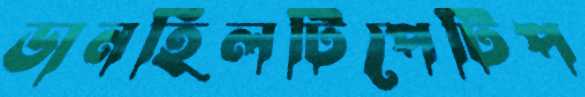
ডানহিলটিপেটিপ